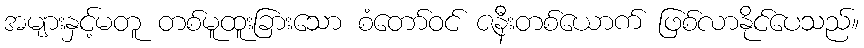
အများနှင့်မတူ တစ်မူထူးခြားသော စံတော်ဝင် ဇနီးတစ်ယောက် ဖြစ်လာနိုင်ပေသည်။